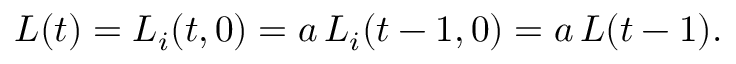
\begin{array} { r } { L ( t ) = L _ { i } ( t , 0 ) = a \, L _ { i } ( t - 1 , 0 ) = a \, L ( t - 1 ) . } \end{array}